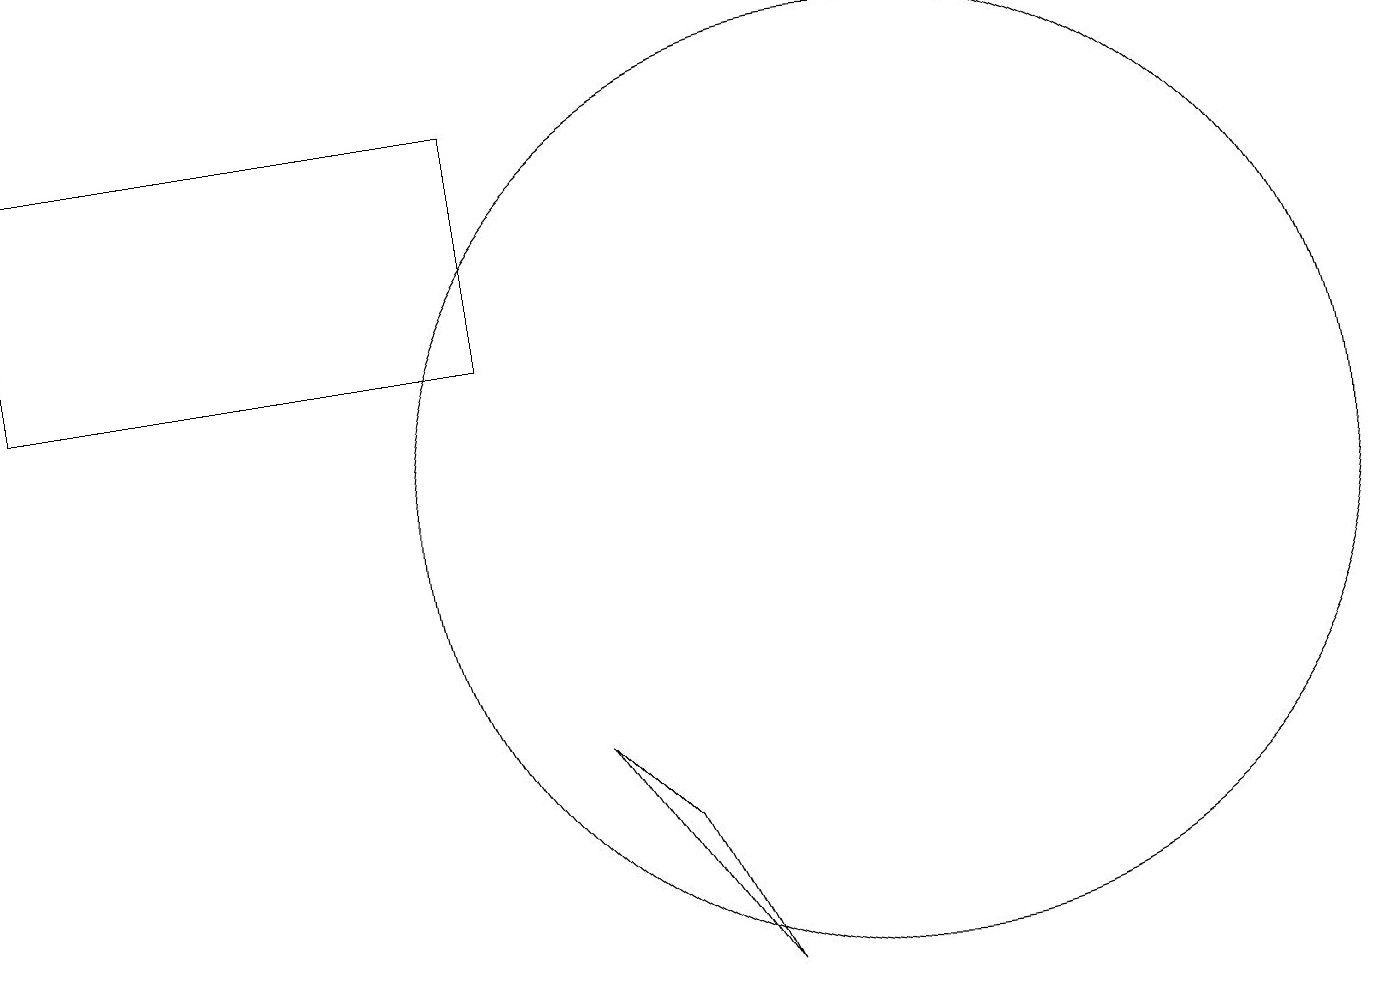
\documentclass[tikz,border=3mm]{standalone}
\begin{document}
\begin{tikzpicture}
\draw (0,12) rectangle (6,15);
\draw (9,4) -- (8,6) -- (7,7) -- cycle;
\draw (11,10) circle (6);
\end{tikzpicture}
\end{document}